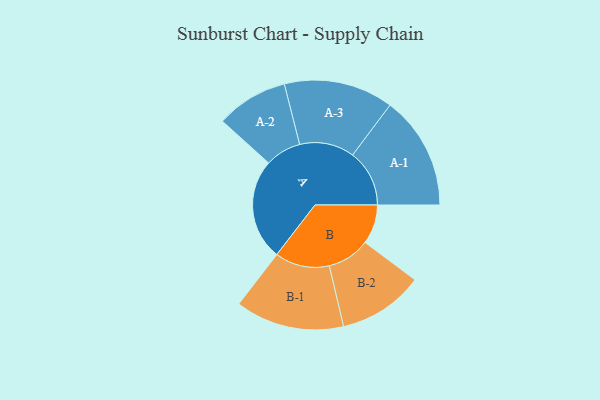
{"axis": {"x": "Segment", "y": "Value"}, "legend": ["", "A", "B"], "data": [{"x": "A", "y": 388, "type": ""}, {"x": "B", "y": 151, "type": ""}, {"x": "A-1", "y": 218, "type": "A"}, {"x": "A-2", "y": 138, "type": "A"}, {"x": "A-3", "y": 210, "type": "A"}, {"x": "B-1", "y": 209, "type": "B"}, {"x": "B-2", "y": 164, "type": "B"}]}